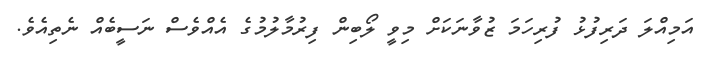
އަމިއްލަ ދަރިފުޅު ފުރިހަމަ ޒުވާނަކަށް މިވީ ލޯބިން ފިރުމާލުމުގެ އެއްވެސް ނަސީބެއް ނެތިއެވެ.